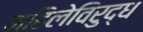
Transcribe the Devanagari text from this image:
महिलेविरुद्ध